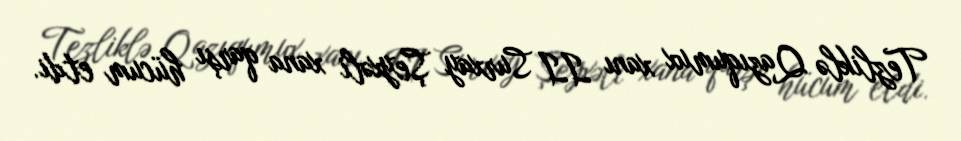
Tezliklə Qazıqumux xanı II Surxay Şeyxəli xana qarşı hücum etdi.